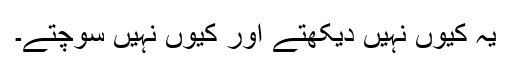
یہ کیوں نہیں دیکھتے اور کیوں نہیں سوچتے۔